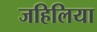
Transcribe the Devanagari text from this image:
जहिलिया